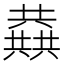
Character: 𱏷